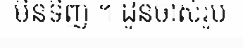
មិនទិញ ។ ដូនចាស់រូប